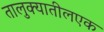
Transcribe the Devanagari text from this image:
तालुक्यातीलएक